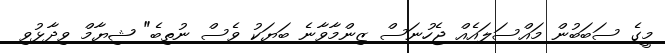
މީގެ ސަބަބުން މައްސަލައެއް ޖެހުނަސް ޒިންމާވާނެ ބަޔަކު ވެސް ނުތިބެ" ޝިޔާމް ވިދާޅުވި